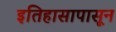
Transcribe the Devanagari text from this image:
इतिहासापासून